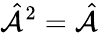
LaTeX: \hat{\mathcal{A}}^{2}=\hat{\mathcal{A}}